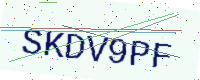
Text: SKDV9PF